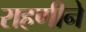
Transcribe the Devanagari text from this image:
राहणीने